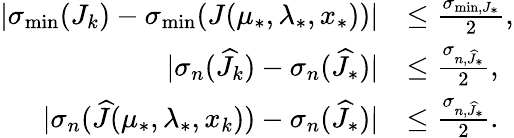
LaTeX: \begin{array}{rl}{|\sigma_{\operatorname*{min}}(J_{k})-\sigma_{\operatorname*{min}}(J(\mu_{*},\lambda_{*},x_{*}))|}&{\leq\frac{\sigma_{\operatorname*{min},J_{*}}}{2},}\\ {|\sigma_{n}(\widehat{J}_{k})-\sigma_{n}(\widehat{J}_{*})|}&{\leq\frac{\sigma_{n,\widehat{J}_{*}}}{2},}\\ {|\sigma_{n}(\widehat{J}(\mu_{*},\lambda_{*},x_{k}))-\sigma_{n}(\widehat{J}_{*})|}&{\leq\frac{\sigma_{n,\widehat{J}_{*}}}{2}.}\end{array}